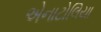
એનાટોલિયા